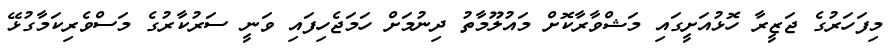
މިފަހަރުގެ ޖަޒީރާ ހޮޅުއަށީގައި މަޝްވާރާކޮށް މައުލޫމާތު ދިނުމަށް ހަމަޖެހިފައި ވަނީ ސަރުކާރުގެ މަސްވެރިކަމާގުޅޭ